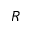
R